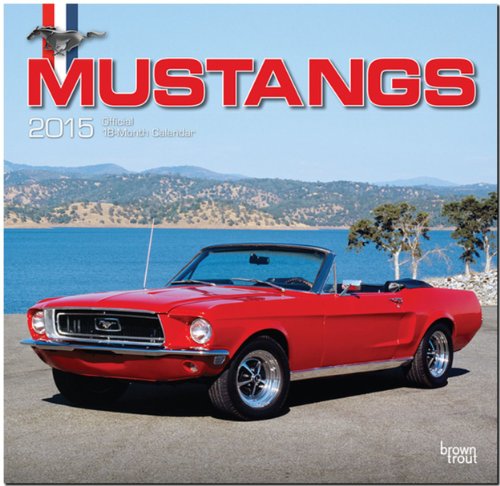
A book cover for Mustangs 2015 Square 12x12; BrownTrout; Calendars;